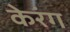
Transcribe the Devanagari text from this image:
केरंग